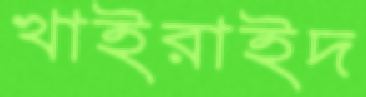
খাইরাইদ